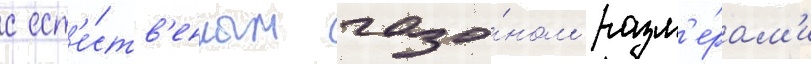
с ест'е́ств'енным газо́ном разм'е́рам'и